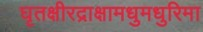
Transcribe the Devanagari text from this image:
घृतक्षीरद्राक्षामधुमधुरिमा